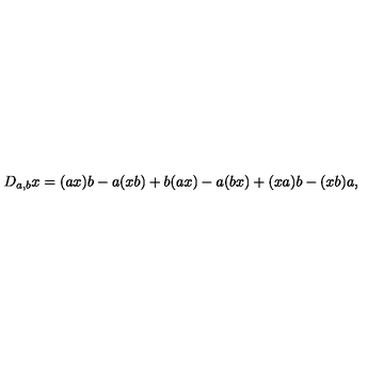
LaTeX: D _ { a , b } x = ( a x ) b - a ( x b ) + b ( a x ) - a ( b x ) + ( x a ) b - ( x b ) a ,